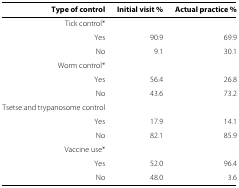
| Type of control | Initial visit % | Actual practice % |
 | --- | --- | --- |
 | Tick control* |  |  |
 | Yes | 90.9 | 69.9 |
 | No | 9.1 | 30.1 |
 | Worm control* |  |  |
 | Yes | 56.4 | 26.8 |
 | No | 43.6 | 73.2 |
 | Tsetse and trypanosome control |  |  |
 | Yes | 17.9 | 14.1 |
 | No | 82.1 | 85.9 |
 | Vaccine use* |  |  |
 | Yes | 52.0 | 96.4 |
 | No | 48.0 | 3.6 |